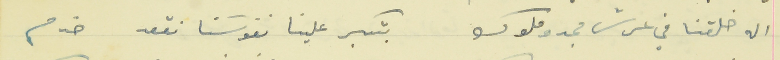
اله خلقنا في عرش مجدو ملوك                                  بتكبر علينا نفوسَنا نقعد خدم